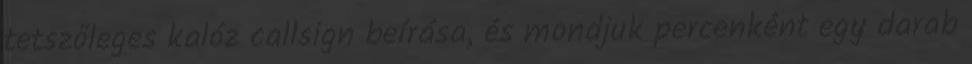
tetszőleges kalóz callsign beírása, és mondjuk percenként egy darab